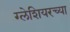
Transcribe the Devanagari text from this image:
ग्लेशियरच्या